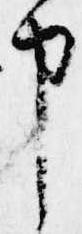
申